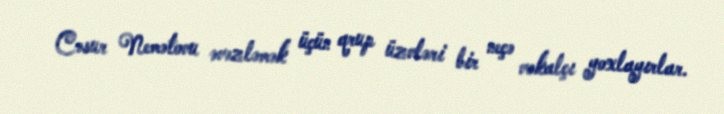
Cəsur Nemətovu əvəzləmək üçün qrup üzvləri bir neçə vokalçı yoxlayırlar.